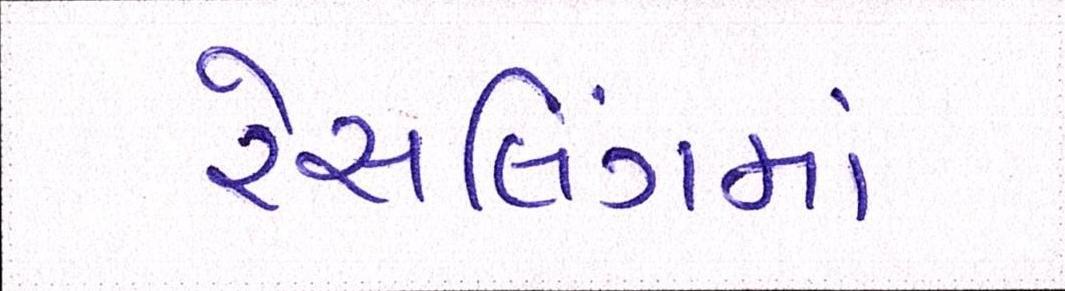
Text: રેસલિંગમાં